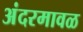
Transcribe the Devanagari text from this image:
अंदरमावळ